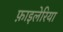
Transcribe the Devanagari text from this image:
फ़ाइलेरिया